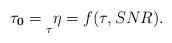
LaTeX: \begin{align*}\mathbf{\tau_{0}}=\underset{\tau}{}\eta= f(\tau,SNR).\end{align*}